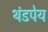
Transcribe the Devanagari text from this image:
थंडपेय